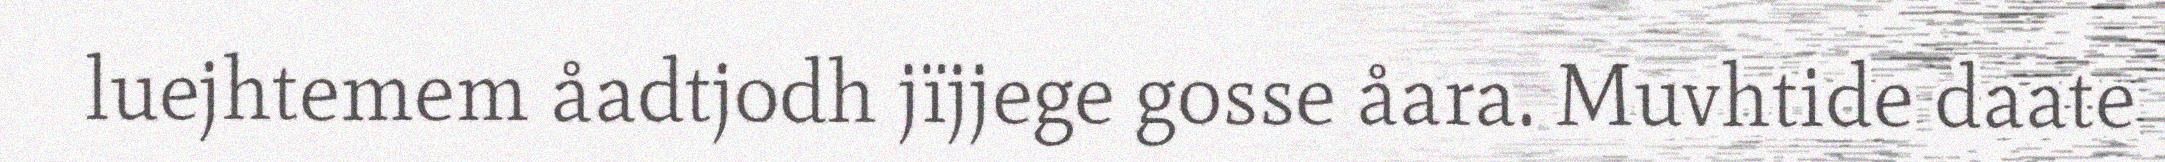
luejhtemem åadtjodh jïjjege gosse åara. Muvhtide daate